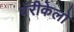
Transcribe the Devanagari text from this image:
बॅरीकेलो